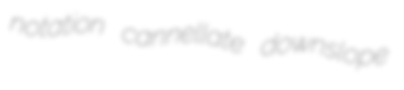
notation cannellate downslope